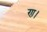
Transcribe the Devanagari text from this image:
ण।